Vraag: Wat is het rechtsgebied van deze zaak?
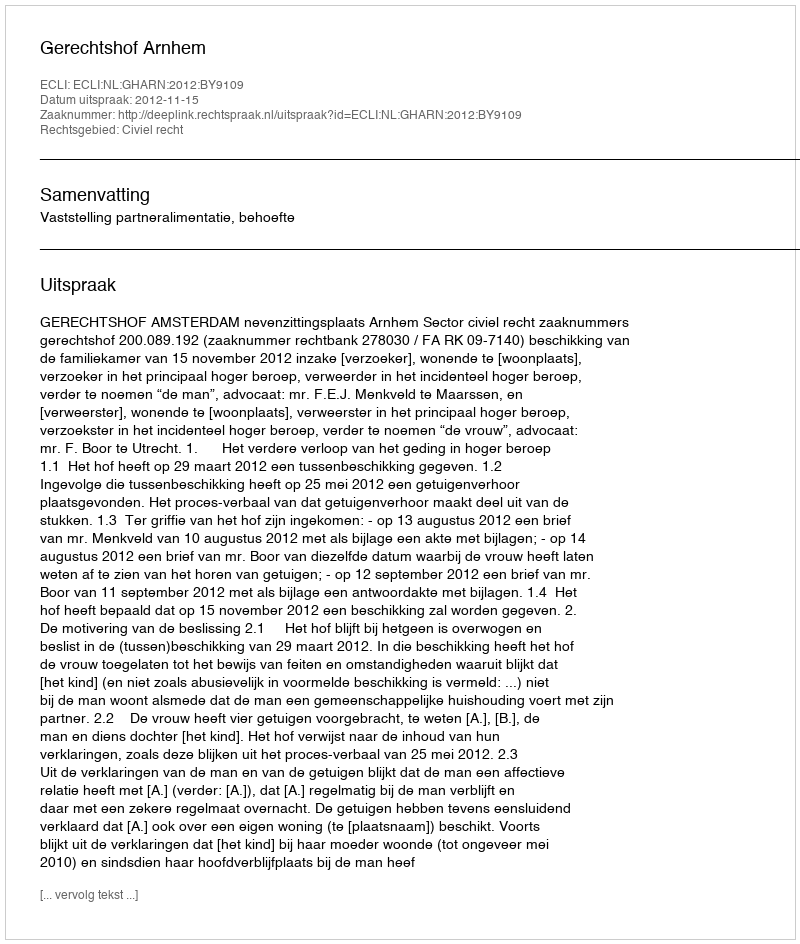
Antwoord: Civiel recht